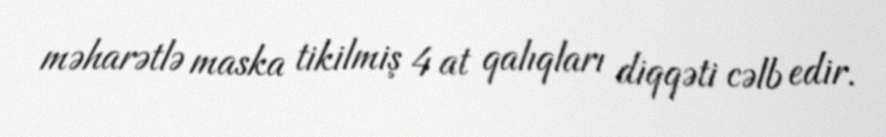
məharətlə maska tikilmiş 4 at qalıqları diqqəti cəlb edir.